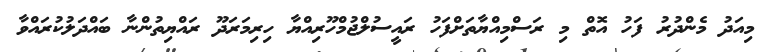
މިއަދު މެންދުރު ފަހު އޮތް މި ރަސްމިއްޔާތަށްފަހު ރައީސުލްޖުމްހޫރިއްޔާ ހިރިމަރަދޫ ރައްޔިތުންނާ ބައްދަލުކުރައްވާ